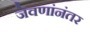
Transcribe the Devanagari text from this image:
जेवणांनंतर